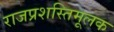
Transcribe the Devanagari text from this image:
राजप्रशस्तिमूलक